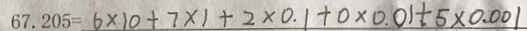
6 7 . 2 0 5 = 6 \times 1 0 + 7 \times 1 + 2 \times 0 . 1 + 0 \times 0 . 0 1 + 5 \times 0 . 0 0 1